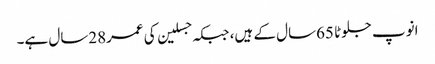
انوپ جلوٹا 65سال کے ہیں، جبکہ جسلین کی عمر28سال ہے۔